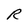
Character: R